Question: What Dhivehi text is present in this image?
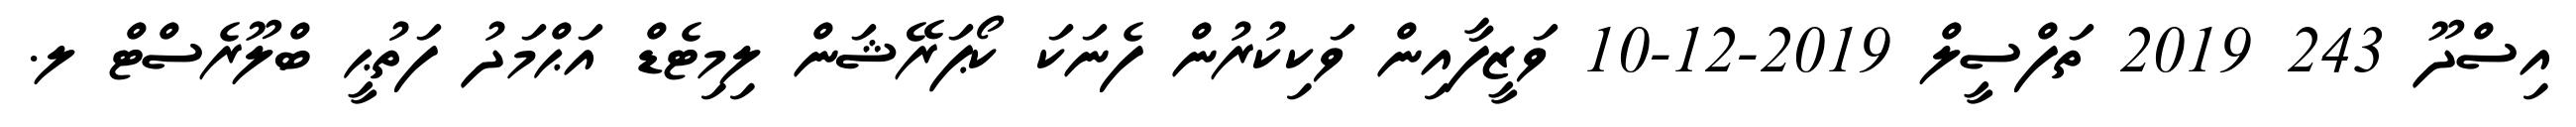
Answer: އިސްދޫ 243 2019 ތަފްސީލް 2019-12-10 ވަޒީފާއިން ވަކިކުރުން ފެނަކަ ކޯޕަރޭޝަން ލިމިޓެޑް އަޙްމަދު ފަތުޙީ ބްލޫރެސްޓް ލ.